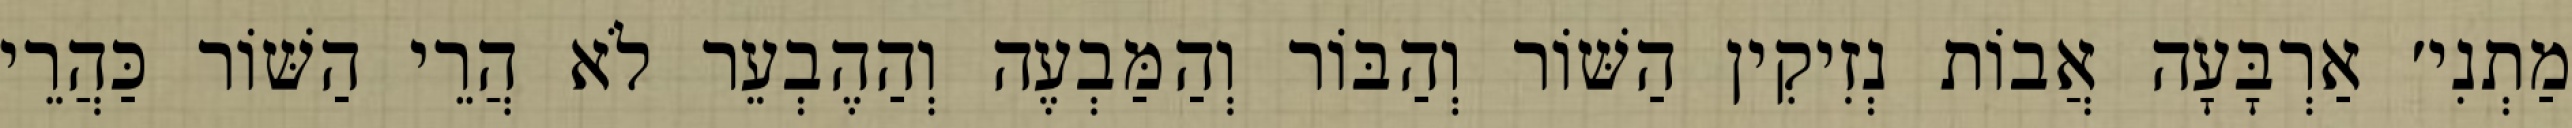
מַתְנִי׳ אַרְבָּעָה אֲבוֹת נְזִיקִין הַשּׁוֹר וְהַבּוֹר וְהַמַּבְעֶה וְהַהֶבְעֵר לֹא הֲרֵי הַשּׁוֹר כַּהֲרֵי